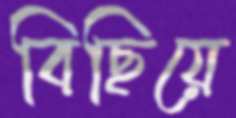
বিছিয়ে